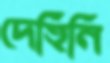
দেহিনি